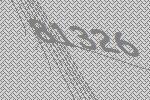
81326